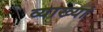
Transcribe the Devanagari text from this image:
व्याख्यां